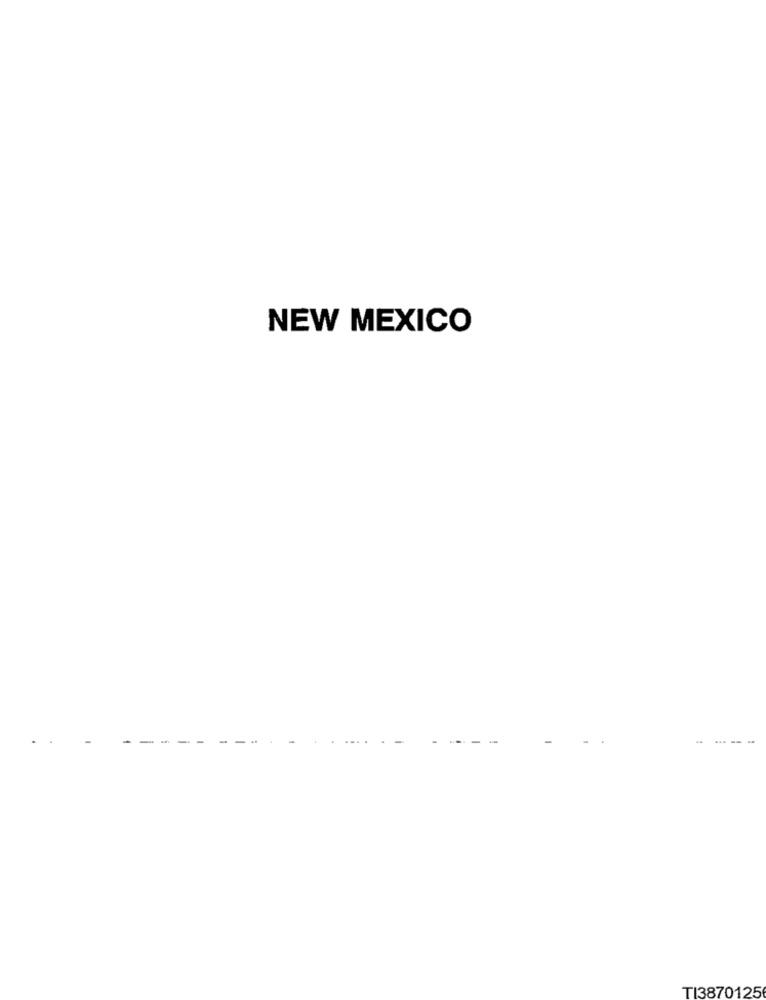
NEW MEXICO
--.
TI3870125